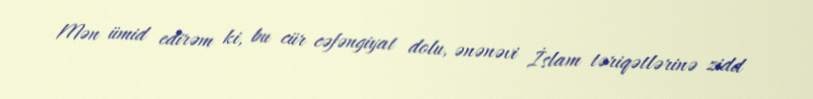
Mən ümid edirəm ki, bu cür cəfəngiyat dolu, ənənəvi İslam təriqətlərinə zidd